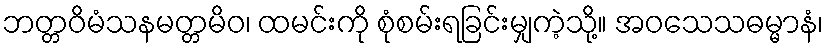
ဘတ္တဝိမံသနမတ္တမိဝ၊ ထမင်းကို စုံစမ်းရခြင်းမျှကဲ့သို့။ အဝသေသဓမ္မာနံ၊